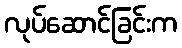
လုပ်ဆောင်ခြင်းက